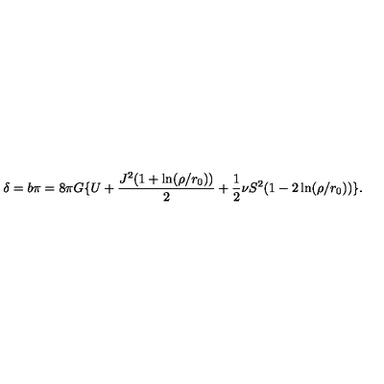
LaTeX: \delta = b \pi = 8 \pi G \{ U + \frac { J ^ { 2 } ( 1 + \ln ( \rho / r _ { 0 } ) ) } { 2 } + \frac { 1 } { 2 } \nu S ^ { 2 } ( 1 - 2 \ln ( \rho / r _ { 0 } ) ) \} .